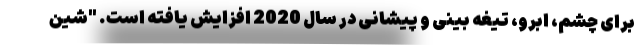
برای چشم، ابرو، تیغه بینی و پیشانی در سال 2020 افزایش یافته است. "شین